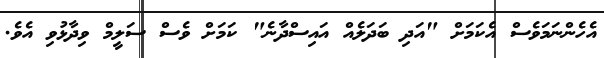
އެހެންނަމަވެސް އެކަމަށް "އަދި ބަދަލެއް އައިސްދާނެ" ކަމަށް ވެސް ސަލީމް ވިދާޅުވި އެވެ.